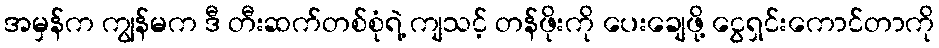
အမှန်က ကျွန်မက ဒီ တီးဆက်တစ်စုံရဲ့ ကျသင့် တန်ဖိုးကို ပေးချေဖို့ ငွေရှင်းကောင်တာကို